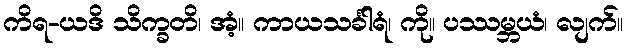
ကိရ-ယဒိ သိက္ခတိ၊ အံ့။ ကာယသင်္ခါရံ၊ ကို။ ပဿမ္ဘယံ၊ လျက်။